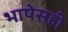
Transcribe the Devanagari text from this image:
भाषेसही